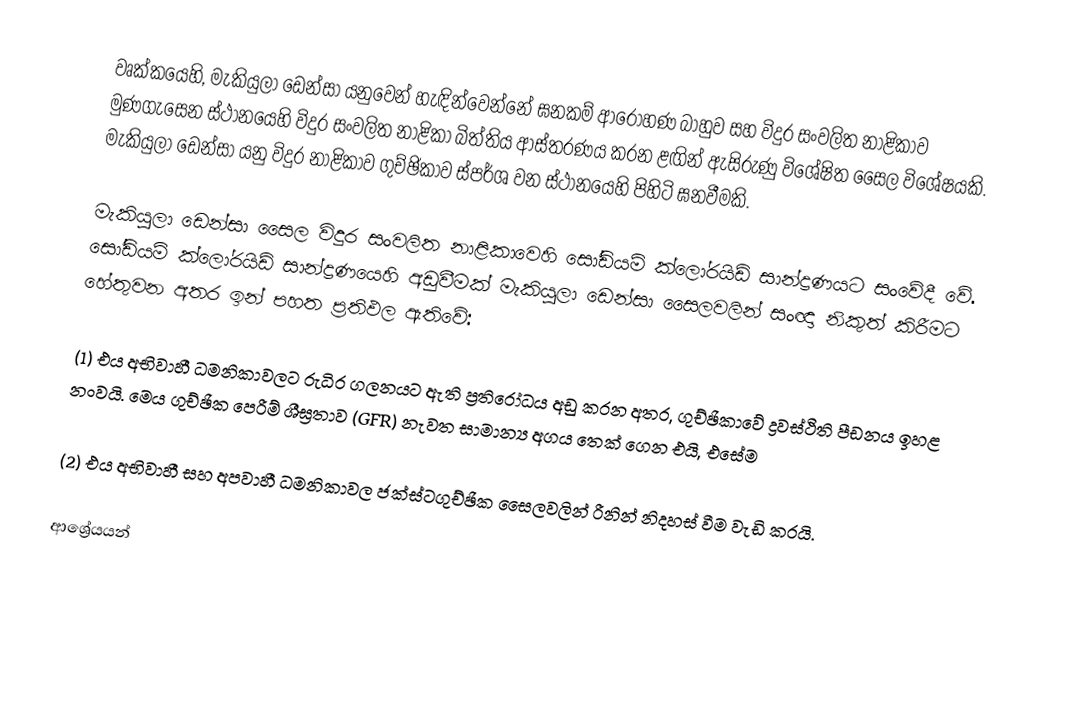
වෘක්කයෙහි, මැකියුලා ඩෙන්සා යනුවෙන් හැඳින්වෙන්නේ ඝනකම් ආරෝහණ බාහුව සහ විදුර සංවලිත නාළිකාව මුණගැසෙන ස්ථානයෙහි විදුර සංවලිත නාළිකා බිත්තිය ආස්තරණය කරන ළඟින් ඇසිරුණු විශේෂිත සෛල විශේෂයකි. මැකියුලා ඩෙන්සා යනු විදුර නාළිකාව ගුච්ඡිකාව ස්පර්ශ වන ස්ථානයෙහි පිහිටි ඝනවීමකි.

මැකියුලා ඩෙන්සා සෛල විදුර සංවලිත නාළිකාවෙහි සෝඩියම් ක්ලෝරයිඩ් සාන්ද්‍රණයට සංවේදී වේ. සෝඩියම් ක්ලෝරයිඩ් සාන්ද්‍රණයෙහි අඩුවීමක් මැකියුලා ඩෙන්සා සෛලවලින් සංඥා නිකුත් කිරීමට හේතුවන අතර ඉන් පහත ප්‍රතිඵල ඇතිවේ:

(1) එය අභිවාහී ධමනිකාවලට රුධිර ගලනයට ඇති ප්‍රතිරෝධය අඩු කරන අතර, ගුච්ඡිකාවේ ද්‍රවස්ථිති පීඩනය ඉහළ නංවයි. මෙය ගුච්ඡික පෙරීම් ශීඝ්‍රතාව (GFR) නැවත සාමාන්‍ය අගය තෙක් ගෙන එයි, එසේම

(2) එය අභිවාහී සහ අපවාහී ධමනිකාවල ජක්ස්ටගුච්ඡික සෛලවලින් රීනින් නිදහස් වීම වැඩි කරයි.

ආශ්‍රේයයන්